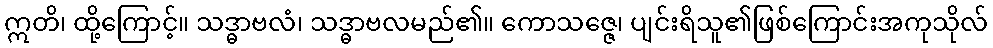
ဣတိ၊ ထို့ကြောင့်။ သဒ္ဓာဗလံ၊ သဒ္ဓာဗလမည်၏။ ကောသဇ္ဇေ၊ ပျင်းရိသူ၏ဖြစ်ကြောင်းအကုသိုလ်